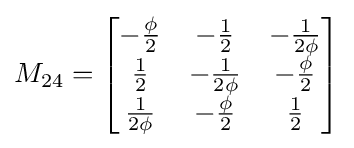
M_{24}={\begin{bmatrix}-{\frac {\phi }{2}}&-{\frac {1}{2}}&-{\frac {1}{2\phi }}\\{\frac {1}{2}}&-{\frac {1}{2\phi }}&-{\frac {\phi }{2}}\\{\frac {1}{2\phi }}&-{\frac {\phi }{2}}&{\frac {1}{2}}\end{bmatrix}}